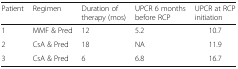
<table><thead><tr><td><b>Patient</b></td><td><b>Regimen</b></td><td><b>Duration of therapy (mos)</b></td><td><b>UPCR 6 months before RCP</b></td><td><b>UPCR at RCP initiation</b></td></tr></thead><tbody><tr><td>1</td><td>MMF &amp; Pred</td><td>12</td><td>5.2</td><td>10.7</td></tr><tr><td>2</td><td>CsA &amp; Pred</td><td>18</td><td>NA</td><td>11.9</td></tr><tr><td>3</td><td>CsA &amp; Pred</td><td>6</td><td>6.8</td><td>16.7</td></tr></tbody></table>